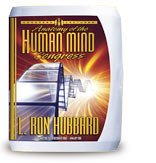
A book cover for Anatomy of the Human Mind Congress (Congress Lectures); L. Ron Hubbard; Religion & Spirituality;